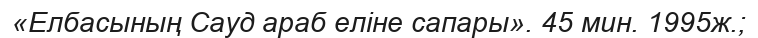
«Елбасының Сауд араб еліне сапары». 45 мин. 1995ж.;